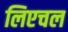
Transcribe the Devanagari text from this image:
लिएचल